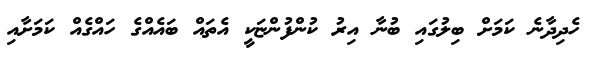
ހެދިދާނެ ކަމަށް ބިލުގައި ބުނާ އިރު ކުންފުންޏަކީ އެތައް ބައެއްގެ ހައްގެއް ކަމަށާއި